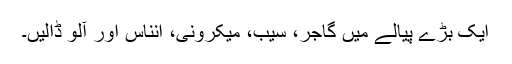
ایک بڑے پیالے میں گاجر، سیب، میکرونی، انناس اور آلو ڈالیں۔